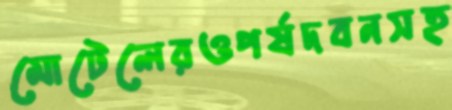
মোটেলেরওপর্ষদবনসহ